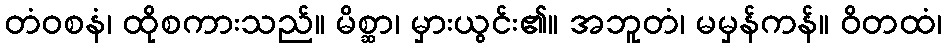
တံဝစနံ၊ ထိုစကားသည်။ မိစ္ဆာ၊ မှားယွင်း၏။ အဘူတံ၊ မမှန်ကန်။ ဝိတထံ၊